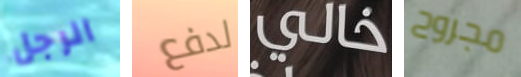
الرجل لدفع خالي مجروح